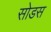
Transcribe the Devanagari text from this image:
सोडस